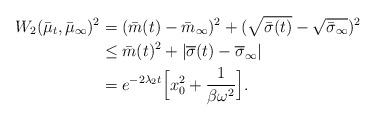
LaTeX: \begin{align*} W_2(\bar{\mu}_t,\bar{\mu}_\infty)^2&= (\bar{m}(t)-\bar{m}_\infty)^2+(\sqrt{\bar{\sigma}(t)}-\sqrt{\bar{\sigma}_\infty})^2\\&\leq \bar{m}(t)^2+|\overline{\sigma}(t)-\overline{\sigma}_\infty| \\&=e^{-2\lambda_2 t}\Big[x_0^2+\frac{1}{\beta\omega^2}\Big].\end{align*}